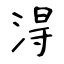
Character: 淂